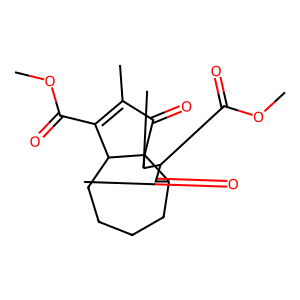
SMILES: COC(=O)C1=C(C)C(=O)C23C(CCCCC12)C(=O)C(C(=O)OC)C3C
Inhibits HIV replication: No